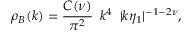
\rho _ { B } ( k ) = \frac { { \cal C } ( \nu ) } { \pi ^ { 2 } } \, \, \, k ^ { 4 } \, \, \, | k \eta _ { 1 } | ^ { - 1 - 2 \nu } ,